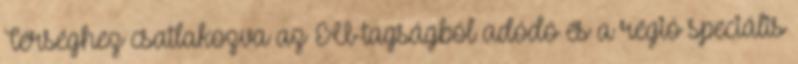
Térséghez csatlakozva az EU-tagságból adódó és a régió speciális